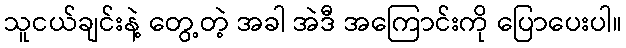
သူငယ်ချင်းနဲ့ တွေ့တဲ့ အခါ အဲဒီ အကြောင်းကို ပြောပေးပါ။